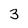
Character: 3